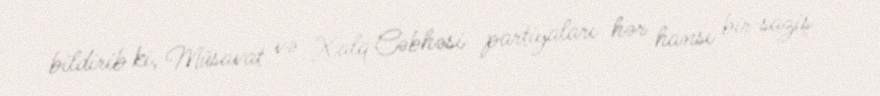
bildirib ki, Müsavat və Xalq Cəbhəsi partiyaları hər hansı bir saziş